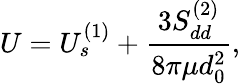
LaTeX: U=U_{s}^{(1)}+\frac{3S_{dd}^{(2)}}{8\pi\mu d_{0}^{2}},